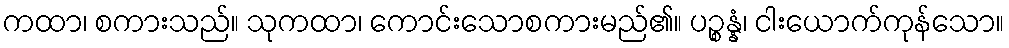
ကထာ၊ စကားသည်။ သုကထာ၊ ကောင်းသောစကားမည်၏။ ပဉ္စန္နံ၊ ငါးယောက်ကုန်သော။